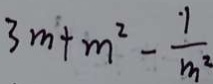
3 m + m ^ { 2 } - \frac { 1 } { m ^ { 2 } }